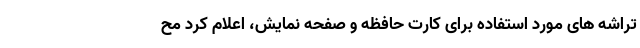
تراشه های مورد استفاده برای کارت حافظه و صفحه نمایش، اعلام کرد مح